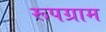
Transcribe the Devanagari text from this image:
रूपग्राम